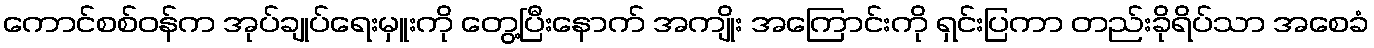
ကောင်စစ်ဝန်က အုပ်ချုပ်ရေးမှူးကို တွေ့ပြီးနောက် အကျိုး အကြောင်းကို ရှင်းပြကာ တည်းခိုရိပ်သာ အစေခံ